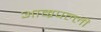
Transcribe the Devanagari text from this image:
आम्रपल्ली